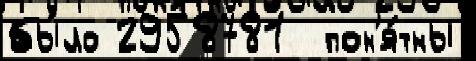
бы́ло 2958781  пон'я́тны